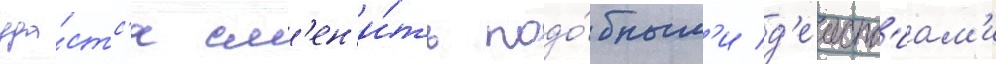
уда́стс'я см'ен'и́ть подо́бным'и д'еиств'иам'и